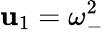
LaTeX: \mathbf{u}_{1}=\omega_{-}^{2}